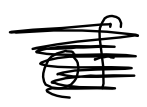
Text: of
Cross-out: scratch
Writing tool: digital_black